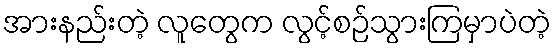
အားနည်းတဲ့ လူတွေက လွင့်စဉ်သွားကြမှာပဲတဲ့